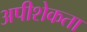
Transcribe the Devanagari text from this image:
अपीशेकता